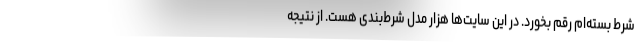
شرط بسته‌ام رقم بخورد. در این سایت‌ها هزار مدل شرط‌بندی هست. از نتیجه